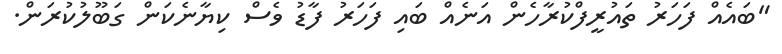
"ބައެއް ފަހަރު ތައުރީފްކުރާހެން އަނެއް ބައި ފަހަރު ފާޑު ވެސް ކިޔާނެކަން ގަބޫލުކުރަން.